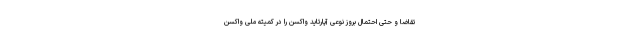
تقاضا و حتی احتمال بروز نوعی آپارتاید واکسن را در کمیته ملی واکسن